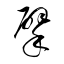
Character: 擘